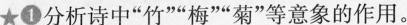
★①分析诗中“竹”“梅”“菊”等意象的作用。